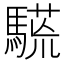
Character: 𩥒